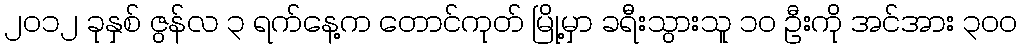
၂၀၁၂ ခုနှစ် ဇွန်လ ၃ ရက်နေ့က တောင်ကုတ် မြို့မှာ ခရီးသွားသူ ၁၀ ဦးကို အင်အား ၃ဝဝ